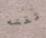
ثقته